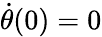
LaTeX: \dot{\theta}(0)=0